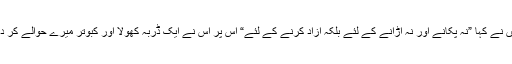
‘‘ میں نے کہا ”نہ پکانے اور نہ اڑانے کے لئے بلکہ آزاد کرنے کے لئے“ اس پر اس نے ایک ڈربہ کھولا اور کبوتر میرے حوالے کر دئیے۔